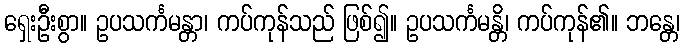
ရှေးဦးစွာ။ ဥပသင်္ကမန္တာ၊ ကပ်ကုန်သည် ဖြစ်၍။ ဥပသင်္ကမန္တိ၊ ကပ်ကုန်၏။ ဘန္တေ၊